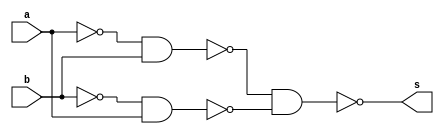
/*
* Aluno: Henrique Augusto Rodrigues
* Arquitetura 1 - Tarde
* Guia_05  Exemplo 0506.
*/
module ex_06 (output s, input a, b);

wire not_a, not_b;
wire nand_1, nand_2;

nand NOTa (not_a, a, a);
nand NOTb (not_b, b, b);

nand NAND1 (nand_1, not_a, b);
nand NAND2 (nand_2, not_b, a);
nand NAND3 (s, nand_1, nand_2);

endmodule

module control (output s, input a, b);

assign s = a ^ b;

endmodule

module test;

reg x;
reg y;
wire a, b;

ex_06 moduloA (a, x, y);
control moduloB (b, x, y);

//main
initial
begin : main
//id
$display("Guia 05 Ex. 06");

//monitor
$display("  x   y   NAND   Controle");

//first signal
#1 x=1'b0; y=1'b0;

$monitor("%3b %3b %4b %8b", x, y, a, b);

//signals
#1 x=0; y=1;
#1 x=1; y=0;
#1 x=1; y=1;

end // main
endmodule // Guia